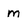
Character: m